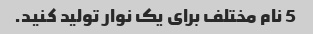
5 نام مختلف برای یک نوار تولید کنید.